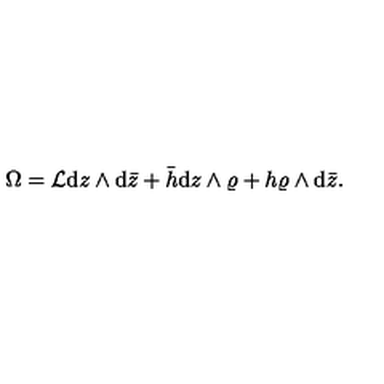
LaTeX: \Omega = { \cal L } \mathrm { d } z \wedge \mathrm { d } \bar { z } + \bar { h } \mathrm { d } z \wedge \varrho + h \varrho \wedge \mathrm { d } \bar { z } .